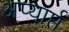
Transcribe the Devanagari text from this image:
अप्यार्प्त